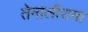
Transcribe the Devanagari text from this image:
तेनालीरामा